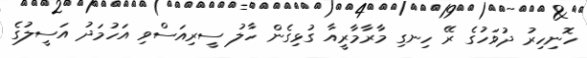
ހޮނިހިރު ދުވަހުގެ ރޭ ހިނގި މާރާމާރީއާ ގުޅިގެން ހާލު ސީރިއަސްވި އަހުމަދު އަސީލުގެ